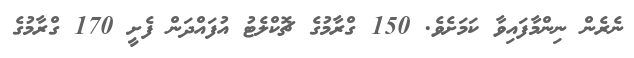
ނެރެން ނިންމާފައިވާ ކަމަށެވެ. 150 ގްރާމުގެ ޗޮކްލެޓު އުފައްދަން ފެށީ 170 ގްރާމުގެ